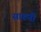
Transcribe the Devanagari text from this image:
सारुनी